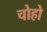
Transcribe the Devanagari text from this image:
चोहो